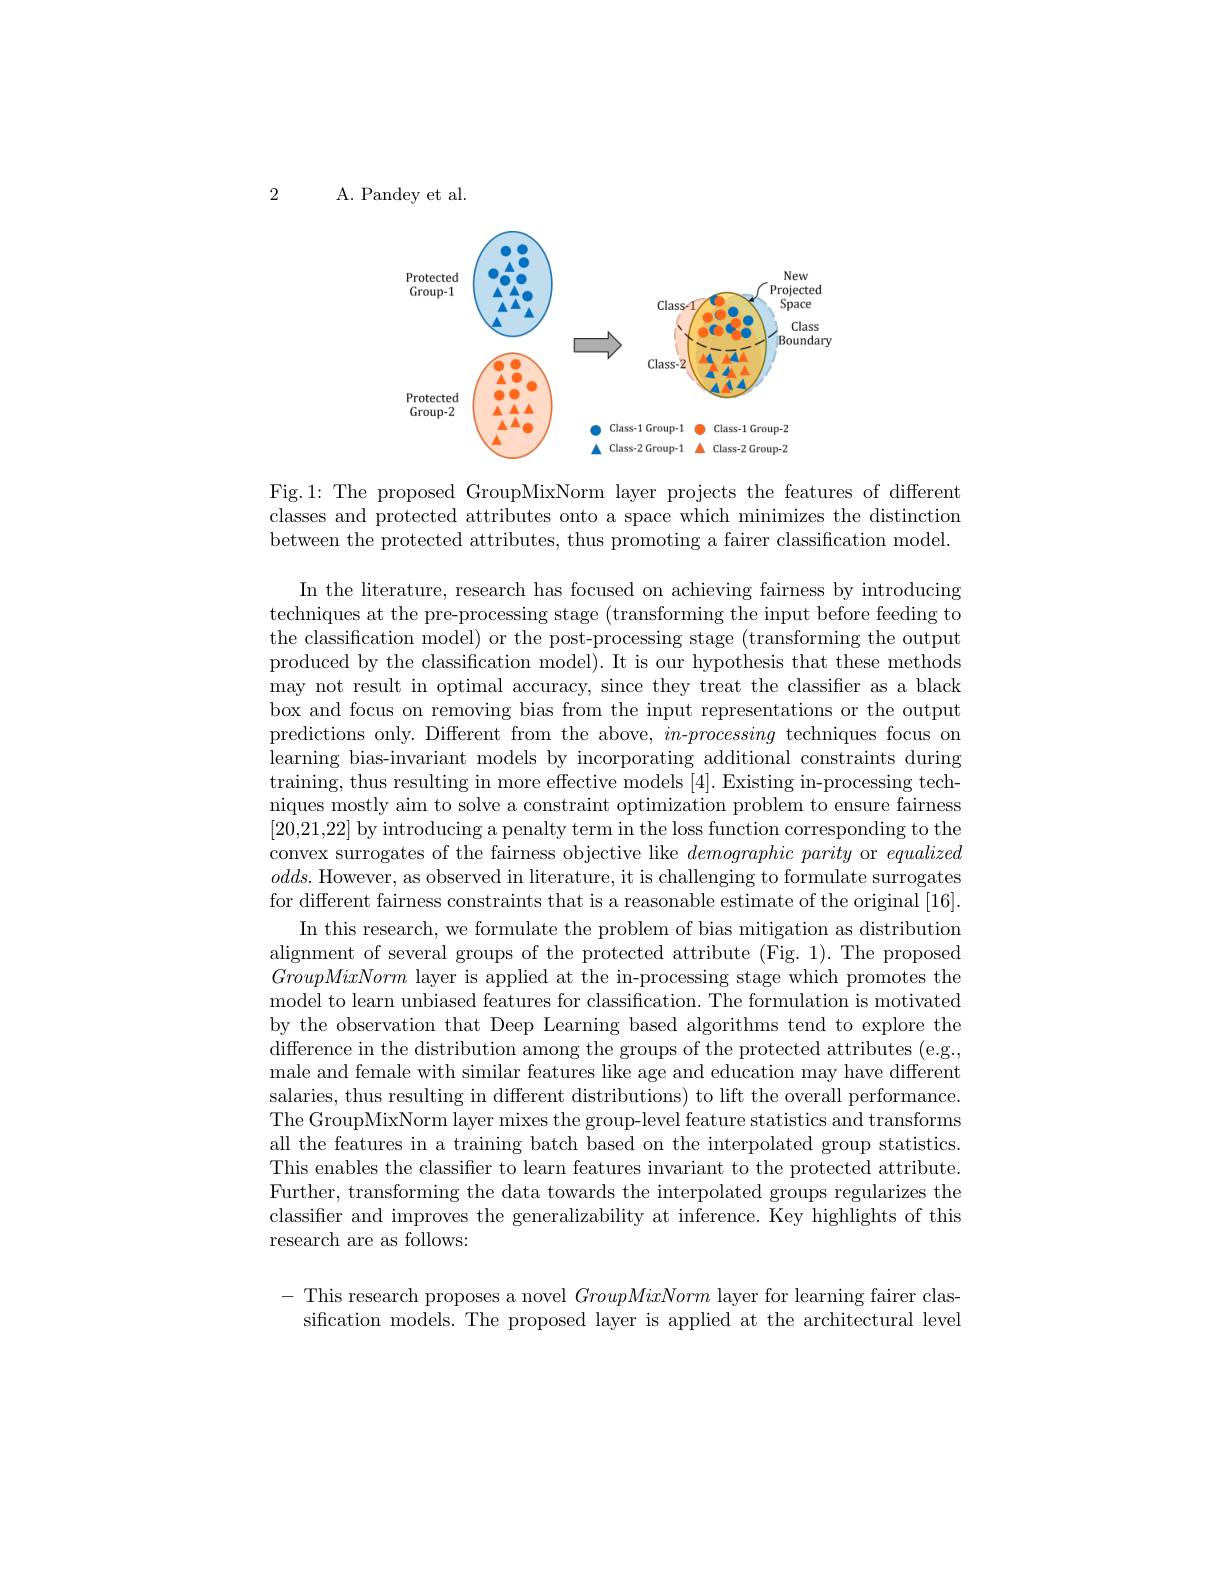
2

A. Pandey et al.

<FigureHere>

Fig.1: The proposed GroupMixNorm layer projects the features of different classes and protected attributes onto a space which minimizes the distinction between the protected attributes, thus promoting a fairer classification model.

In the literature, research has focused on achieving fairness by introducing techniques at the pre-processing stage (transforming the input before feeding to the classification model) or the post-processing stage (transforming the output produced by the classification model). It is our hypothesis that these methods may not result in optimal accuracy, since they treat the classifier as a black box and focus on removing bias from the input representations or the output predictions only. Different from the above, $in$-processing techniques focus on learning bias-invariant models by incorporating additional constraints during training, thus resulting in more effective models [4]. Existing in-processing techniques mostly aim to solve a constraint optimization problem to ensure fairness [20,21,22] by introducing a penalty term in the loss function corresponding to the convex surrogates of the fairness objective like demographicparity or equalized $odds.$ However, as observed in literature, it is challenging to formulate surrogates for different fairness constraints that is a reasonable estimate of the original [16].
In this research, we formulate the problem of bias mitigation as distribution alignment of several groups of the protected attribute (Fig. 1). The proposed GroupMixNorm layer is applied at the in-processing stage which promotes the model to learn unbiased features for classification. The formulation is motivated by the observation that Deep Learning based algorithms tend to explore the difference in the distribution among the groups of the protected attributes (e.g., male and female with similar features like age and education may have different salaries, thus resulting in different distributions) to lift the overall performance The GroupMixNorm layer mixes the group-level feature statistics and transforms all the features in a training batch based on the interpolated group statistics. This enables the classifier to learn features invariant to the protected attribute. Further, transforming the data towards the interpolated groups regularizes the classifier and improves the generalizability at inference. Key highlights of this research are as follows:

- This research proposes a novel GroupMixNorm layer for learning fairer clas-
sification models. The proposed layer is applied at the architectural level